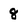
Character: 8